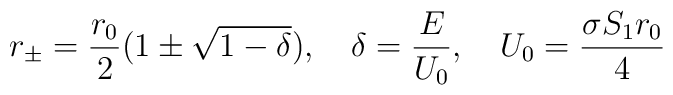
r_\pm=\frac{r_0}{2}(1 \pm \sqrt{1-\delta}),\quad \delta=\frac{E}{U_0}, \quad U_0=\frac{\sigma S_1 r_0}{4}